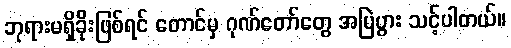
ဘုရားမရှိခိုးဖြစ်ရင် တောင်မှ ဂုဏ်တော်တွေ အမြဲပွား သင့်ပါတယ်။